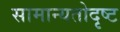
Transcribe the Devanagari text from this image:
सामान्यतोदृष्ट